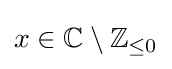
x\in \mathbb {C} \setminus \mathbb {Z} _{\leq 0}